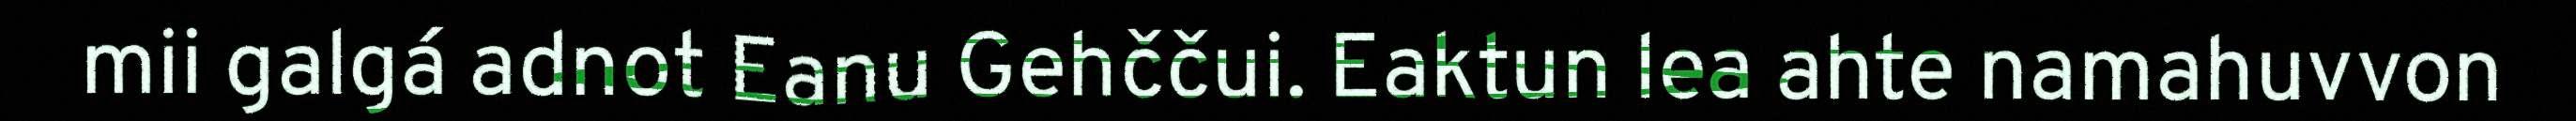
mii galgá adnot Eanu Gehččui. Eaktun lea ahte namahuvvon